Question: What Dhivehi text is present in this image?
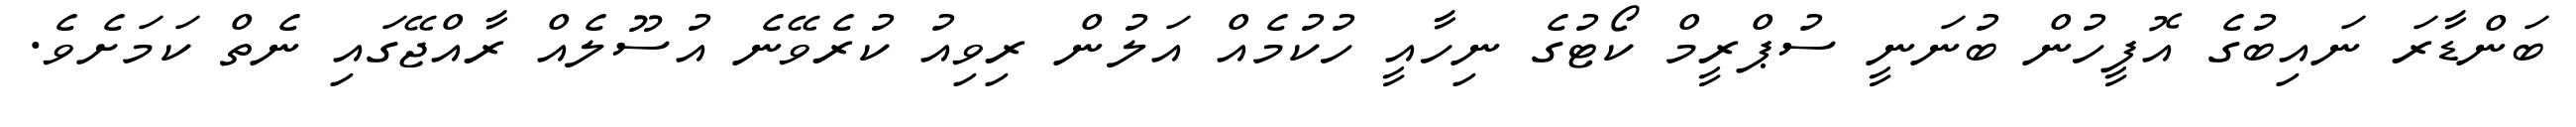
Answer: ބަންޑާރަ ނައިބުގެ އޮފީހުން ބުނަނީ ސުޕްރީމް ކޯޓުގެ ނިހާއީ ހުކުމެއް އަލުން ރިވިއު ކުރެވޭނެ އުސޫލެއް ރާއްޖޭގައި ނެތް ކަމަށެވެ.